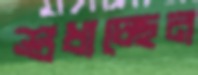
শুধাচ্ছেন